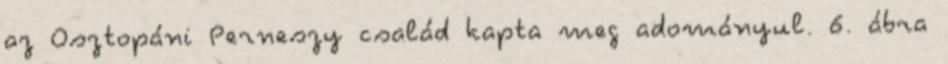
az Osztopáni Perneszy család kapta meg adományul. 6. ábra